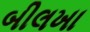
બીલખા